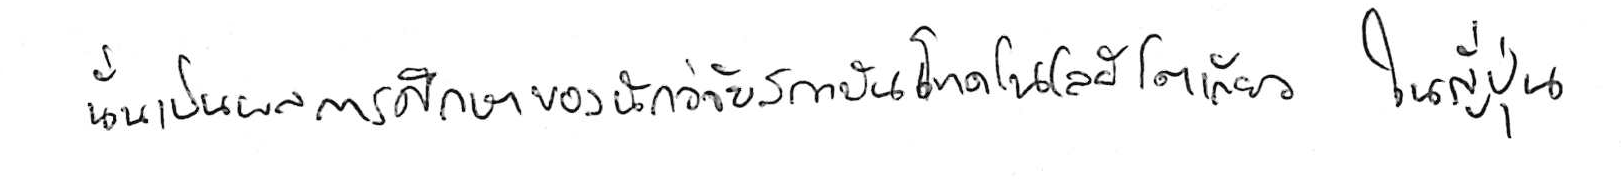
นั่นเป็นผลการศึกษาของนักวิจัยสถาบันเทคโนโลยีโตเกียว ในญี่ปุ่น